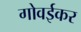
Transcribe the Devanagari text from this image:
गोवईकर